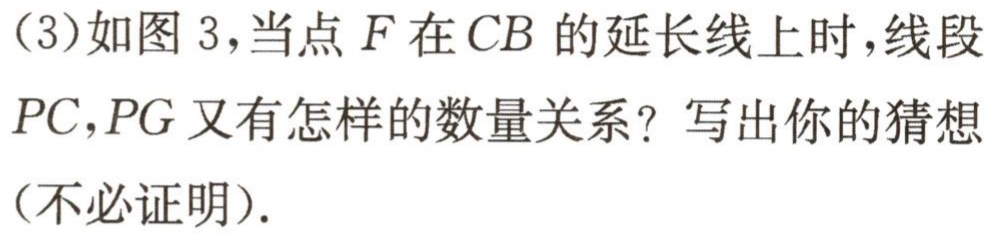
（3）如图 3，当点 \(F\) 在 \(CB\) 的延长线上时，线段 \(PC,PG\) 又有怎样的数量关系？写出你的猜想（不必证明）.